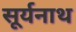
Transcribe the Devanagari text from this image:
सूर्यनाथ